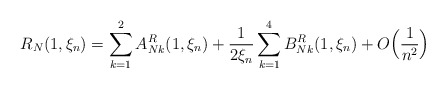
\begin{align*}R_N(1,\xi_n) = \sum_{k=1}^2 A_{Nk}^R(1,\xi_n)+\frac{1}{2\xi_n}\sum_{k=1}^4 B_{Nk}^R(1,\xi_n)+ O\Big(\frac{1}{n^2}\Big)\end{align*}